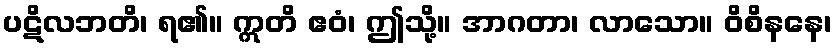
ပဋိလဘတိ၊ ရ၏။ ဣတိ ဧဝံ၊ ဤသို့။ အာဂတာ၊ လာသော။ ဝိစိနနေ၊